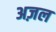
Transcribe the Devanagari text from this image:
अज़ल